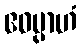
ဧဝမ္ပာဟံ